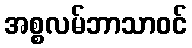
အစ္စလမ်ဘာသာဝင်